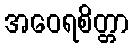
အဝေရစိတ္တာ